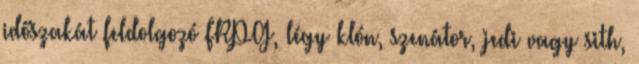
időszakát feldolgozó FRPG, légy klón, szenátor, jedi vagy sith,